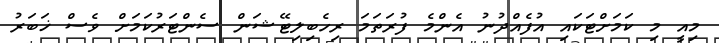
މިއީ މި ކަމަށްޓަކައި އުފެއްދުނު އެންމެ ފުރަތަމަ ރިހެބިލިޓޭޝަން ސެންޓަރުކަމަށް ވެސް ޚަބަރު